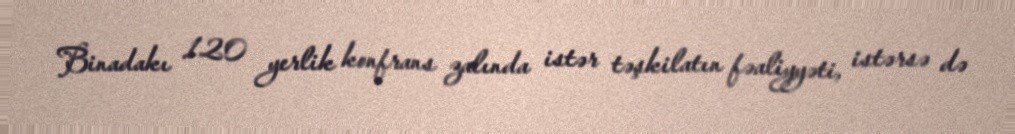
Binadakı 120 yerlik konfrans zalında istər təşkilatın fəaliyyəti, istərsə də